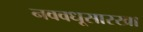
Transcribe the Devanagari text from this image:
नववधूसारखा